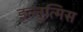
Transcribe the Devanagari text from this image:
इल्तुत्मिस